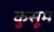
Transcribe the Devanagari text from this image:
कुसूम